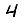
Digit: 4